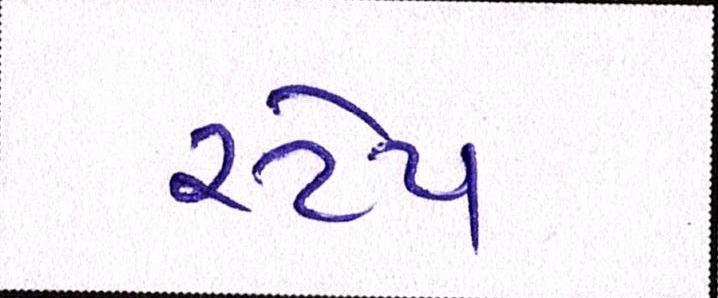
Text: સ્ટેપ